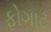
ફોગાટ